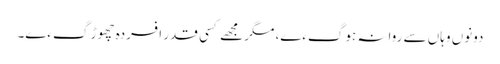
دونوں وہاں سے روانہ ہوگءے، مگر مجھے کسی قدر افسردہ چھوڑ گءے۔